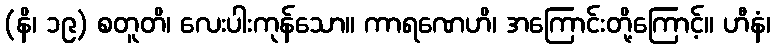
(နိ၊ ၁၉) စတူတိ၊ လေးပါးကုန်သော။ ကာရဏေဟိ၊ အကြောင်းတို့ကြောင့်။ ဟီနံ၊